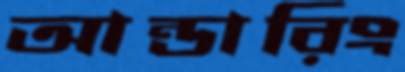
আন্ডারিং